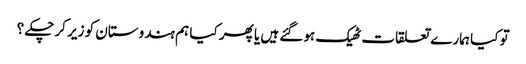
تو کیا ہمارے تعلقات ٹھیک ہوگئے ہیں یا پھر کیا ہم ہندوستان کو زیر کرچکے ؟